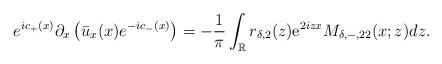
LaTeX: \begin{align*}e^{ic_+(x)} \partial_{x}\left(\bar{u}_x(x) e^{-ic_-(x)}\right)=-\frac{1}{\pi} \int_{\mathbb{R}} r_{\delta,2}(z) \mathrm{e}^{2 i z x} M_{\delta,-,22}(x ;z) dz.\end{align*}